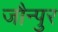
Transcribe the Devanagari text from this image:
जौन्पुर